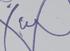
Signature authenticity: genuine